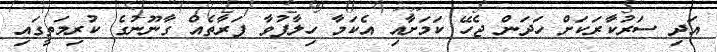
އަދި ސަރުކާރަކަށް ހަދަން ޖެހޭ ކަމަށާއި އެކަމާ ހިލާފުވާ ފަރާތެއް ގާނޫނުގެ ކުރިމަތީގައި